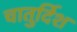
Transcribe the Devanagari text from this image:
चातुर्दिश